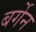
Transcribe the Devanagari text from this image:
बर्गेन